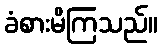
ခံစားမိကြသည်။